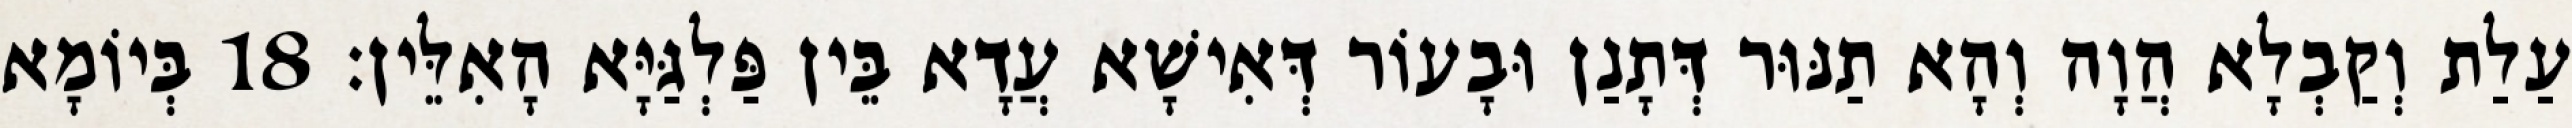
עַלַת וְקַבְלָא הֲוָה וְהָא תַנּוּר דְּתָנַן וּבָעוֹר דְּאִישָׁא עֲדָא בֵּין פַּלְגַּיָּא הָאִלֵּין׃ 18 בְּיוֹמָא